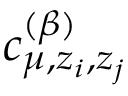
c _ { \mu , z _ { i } , z _ { j } } ^ { ( \beta ) }